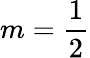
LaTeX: m={\frac{1}{2}}